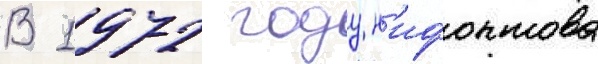
В 1972 году н'ифонтова